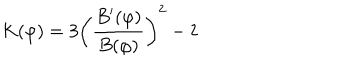
LaTeX: K ( \varphi ) = 3 \left( \frac { B ^ { \prime } ( \varphi ) } { B ( \varphi ) } \right) ^ { 2 } - 2